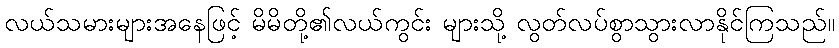
လယ်သမားများအနေဖြင့် မိမိတို့၏လယ်ကွင်း များသို့ လွတ်လပ်စွာသွားလာနိုင်ကြသည်။